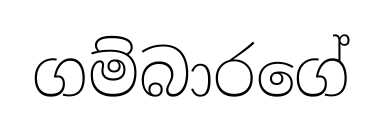
ගම්බාරගේ